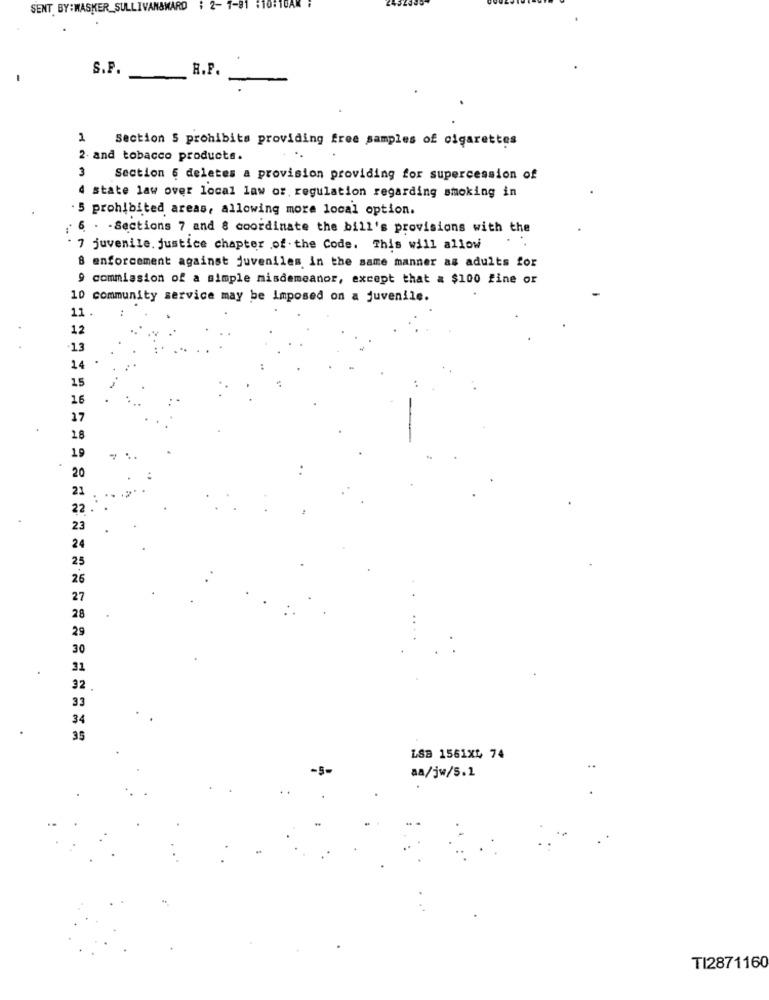
SENT BY: WASKER_SULLIVAN&WARD
7-91 :10:10AM
S.P.
H.P.
Section 5 prohibits providing free samples of cigarettes
2- and tobacco products.
3
Section 6 deletes a provision providing for supercession of
4 state law over local law or regulation regarding smoking in
5 prohibited areas, allowing more local option.
6 . - Sections 7 and 8 coordinate the bill's provisions with the
7 juvenile. justice chapter of. the Code. This will allow
8 enforcement against juveniles in the same manner as adults for
9 commission of a simple misdemeanor, except that a $100 fine or
10 community service may be Imposed on a juvenile.
11
12
13
14
15
16
17
18
19
20
21
22
23
24
25
26
27
28
29
30
31
32
33
34
3
LSB 1561x4 74
-5-
..
aa/jw/5.1
TI2871160